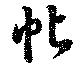
帖